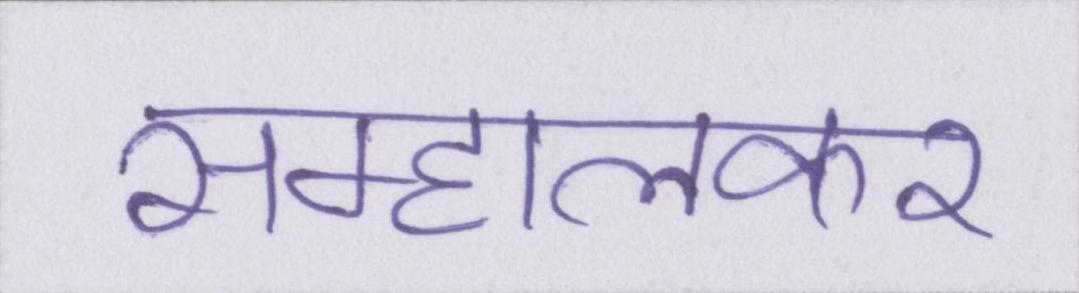
सम्हालकर